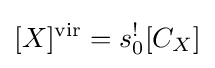
[X]^{\text{vir}}=s_{0}^{!}[C_{X}]